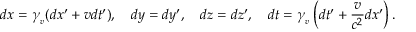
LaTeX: d x = \gamma _ { _ { v } } ( d x ^ { \prime } + v d t ^ { \prime } ) , \quad d y = d y ^ { \prime } , \quad d z = d z ^ { \prime } , \quad d t = \gamma _ { _ { v } } \left( d t ^ { \prime } + { \frac { v } { c ^ { 2 } } } d x ^ { \prime } \right) .